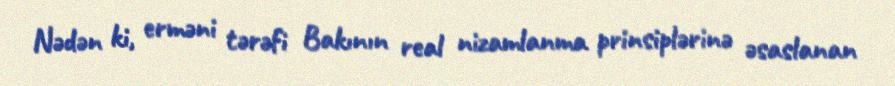
Nədən ki, erməni tərəfi Bakının real nizamlanma prinsiplərinə əsaslanan